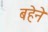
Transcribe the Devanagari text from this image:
बहेने